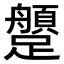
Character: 𨇐